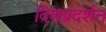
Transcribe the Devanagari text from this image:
दिशप्रदर्शन